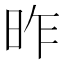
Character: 昨